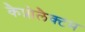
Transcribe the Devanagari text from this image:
कैप्रोलैक्टम